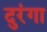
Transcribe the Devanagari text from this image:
दुरंगा